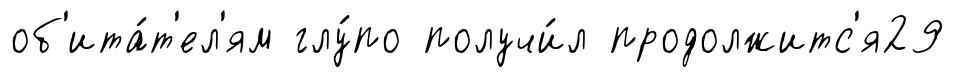
об'ита́т'ел'ям глу́по получи́л продолжитс'я29